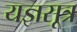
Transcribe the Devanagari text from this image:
यज्ञसूत्र